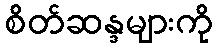
စိတ်ဆန္ဒများကို